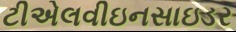
ટીએલવીઇનસાઇડર